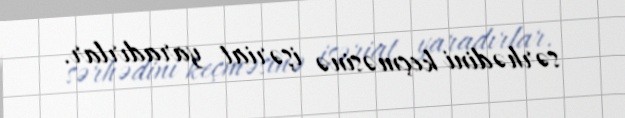
sərhədini keçməsinə işəriat yaradırlar.